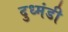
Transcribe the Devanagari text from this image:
दुध्मंडी